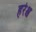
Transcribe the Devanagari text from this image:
हरेश्च